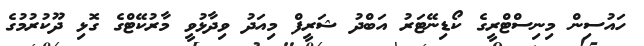
ހައުސިން މިނިސްޓްރީގެ ކޯޑިނޭޓަރު އަބްދު ޝަރީފް މިއަދު ވިދާޅުވީ މާރުކޭޓްގެ ގޮޅި ދޫކުރުމުގެ